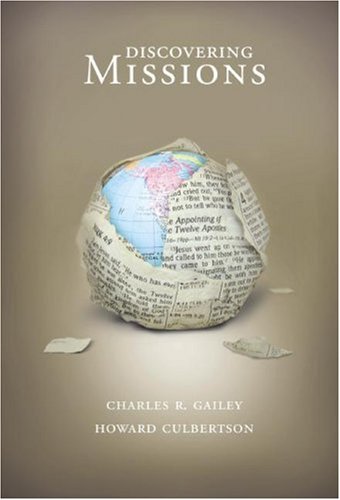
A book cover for Discovering Missions; Charles R. Gailey; Christian Books & Bibles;